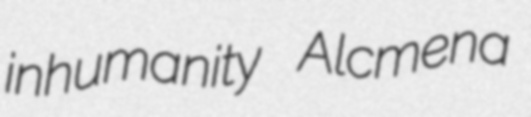
inhumanity Alcmena